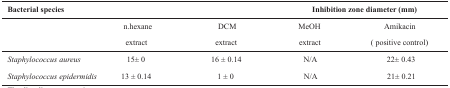
<table><thead><tr><td><b>Bacterial species</b></td><td colspan="4"><b>Inhibition zone diameter (mm)</b></td></tr><tr><td></td><td><b>n.hexaneextract</b></td><td><b>DCMextract</b></td><td><b>MeOHextract</b></td><td><b>Amikacin( positive control)</b></td></tr></thead><tbody><tr><td><i>Staphylococcus aureus</i></td><td>15± 0</td><td>16 ± 0.14</td><td>N/A</td><td>22 ± 0.43</td></tr><tr><td><i>Staphylococcus epidermidis</i></td><td>13 ± 0.14</td><td>1 ± 0</td><td>N/A</td><td>21 ± 0.21</td></tr></tbody></table>